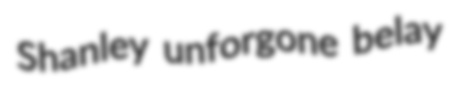
Shanley unforgone belay